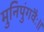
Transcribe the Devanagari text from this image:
मुनिपुंगवैः॥